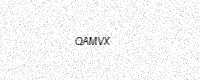
Text: QAMVX